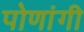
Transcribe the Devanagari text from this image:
पोणांगी